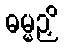
ဓမ္မဉှိ